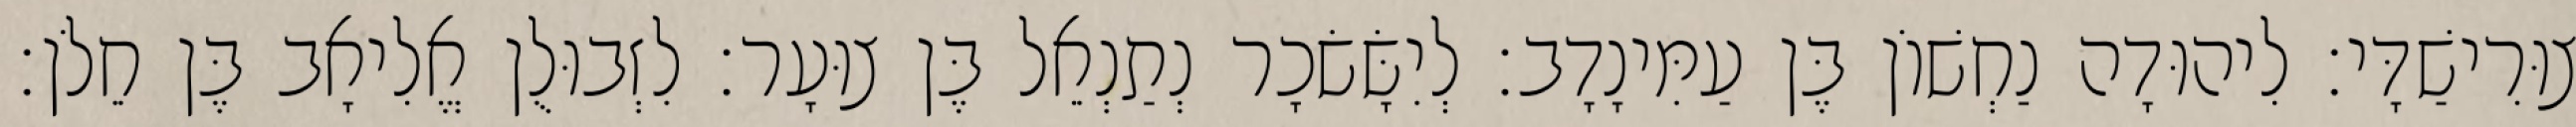
צוּרִישַׁדָּי׃ לִיהוּדָה נַחְשׁוֹן בֶּן עַמִּינָדָב׃ לְיִשָּׂשׂכָר נְתַנְאֵל בֶּן צוּעָר׃ לִזְבוּלֻן אֱלִיאָב בֶּן חֵלֹן׃